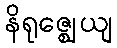
နိရုဇ္ဈေယျ